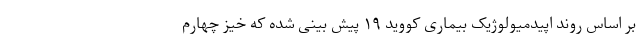
بر اساس روند اپیدمیولوژیک بیماری کووید ۱۹ پیش بینی شده که خیز چهارم